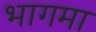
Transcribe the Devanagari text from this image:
भागमा